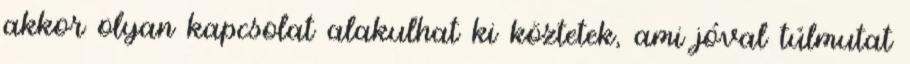
akkor olyan kapcsolat alakulhat ki köztetek, ami jóval túlmutat